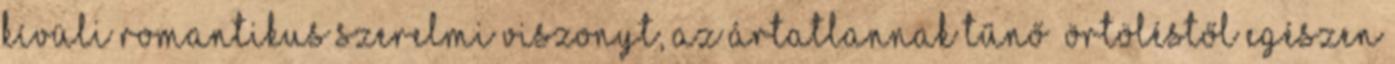
kívüli romantikus szerelmi viszonyt, az ártatlannak tűnő ﬂörtöléstől egészen